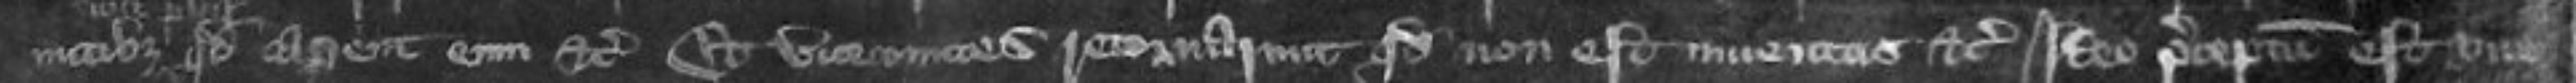
mitibus quod caperent eum etc Et vicecomites retornaverunt quod non est inventus etc Ideo preceptum est vice